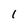
Character: 1